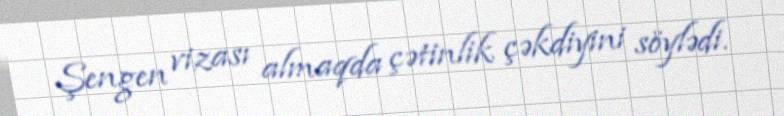
Şengen vizası almaqda çətinlik çəkdiyini söylədi.